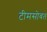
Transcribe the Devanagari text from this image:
टीमसोबत